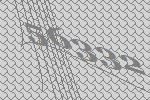
56332